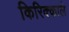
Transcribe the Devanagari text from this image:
किरिक्काले